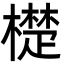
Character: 檚